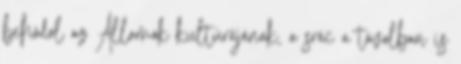
behódol az Államok kultúrájának, a srác a távolban is